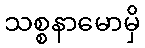
သစ္စနာမောမှိ